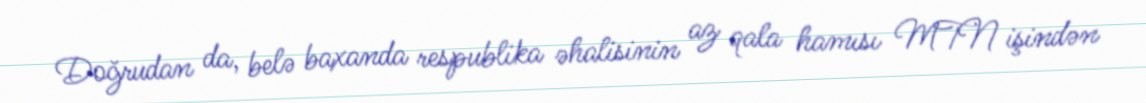
Doğrudan da, belə baxanda respublika əhalisinin az qala hamısı MTN işindən